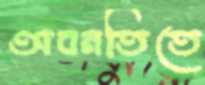
অবনতিতে